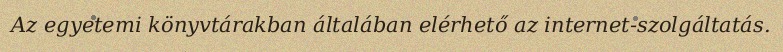
Az egyetemi könyvtárakban általában elérhető az internet-szolgáltatás.